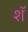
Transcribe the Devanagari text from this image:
शॅ